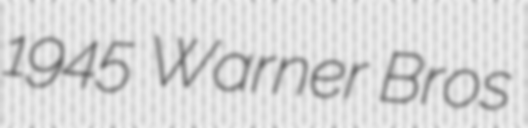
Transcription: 1945 Warner Bros